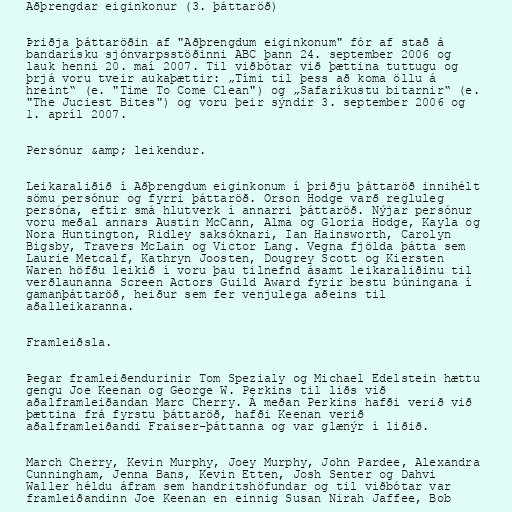
Aðþrengdar eiginkonur (3. þáttaröð)

Þriðja þáttaröðin af "Aðþrengdum eiginkonum" fór af stað á
bandarísku sjónvarpsstöðinni ABC þann 24. september 2006 og
lauk henni 20. maí 2007. Til viðbótar við þættina tuttugu og
þrjá voru tveir aukaþættir: „Tími til þess að koma öllu á
hreint“ (e. "Time To Come Clean") og „Safaríkustu bitarnir“ (e.
"The Juciest Bites") og voru þeir sýndir 3. september 2006 og
1. apríl 2007.

Persónur &amp; leikendur.

Leikaraliðið í Aðþrengdum eiginkonum í þriðju þáttaröð innihélt
sömu persónur og fyrri þáttaröð. Orson Hodge varð regluleg
persóna, eftir smá hlutverk í annarri þáttaröð. Nýjar persónur
voru meðal annars Austin McCann, Alma og Gloria Hodge, Kayla og
Nora Huntington, Ridley saksóknari, Ian Hainsworth, Carolyn
Bigsby, Travers McLain og Victor Lang. Vegna fjölda þátta sem
Laurie Metcalf, Kathryn Joosten, Dougrey Scott og Kiersten
Waren höfðu leikið í voru þau tilnefnd ásamt leikaraliðinu til
verðlaunanna Screen Actors Guild Award fyrir bestu búningana í
gamanþáttaröð, heiður sem fer venjulega aðeins til
aðalleikaranna.

Framleiðsla.

Þegar framleiðendurinir Tom Spezialy og Michael Edelstein hættu
gengu Joe Keenan og George W. Perkins til liðs við
aðalframleiðandan Marc Cherry. Á meðan Perkins hafði verið við
þættina frá fyrstu þáttaröð, hafði Keenan verið
aðalframleiðandi Fraiser-þáttanna og var glænýr í liðið.

March Cherry, Kevin Murphy, Joey Murphy, John Pardee, Alexandra
Cunningham, Jenna Bans, Kevin Etten, Josh Senter og Dahvi
Waller héldu áfram sem handritshöfundar og til viðbótar var
framleiðandinn Joe Keenan en einnig Susan Nirah Jaffee, Bob